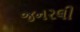
જનરલી